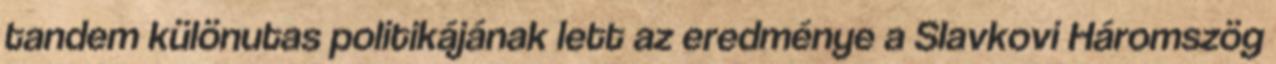
tandem különutas politikájának lett az eredménye a Slavkovi Háromszög